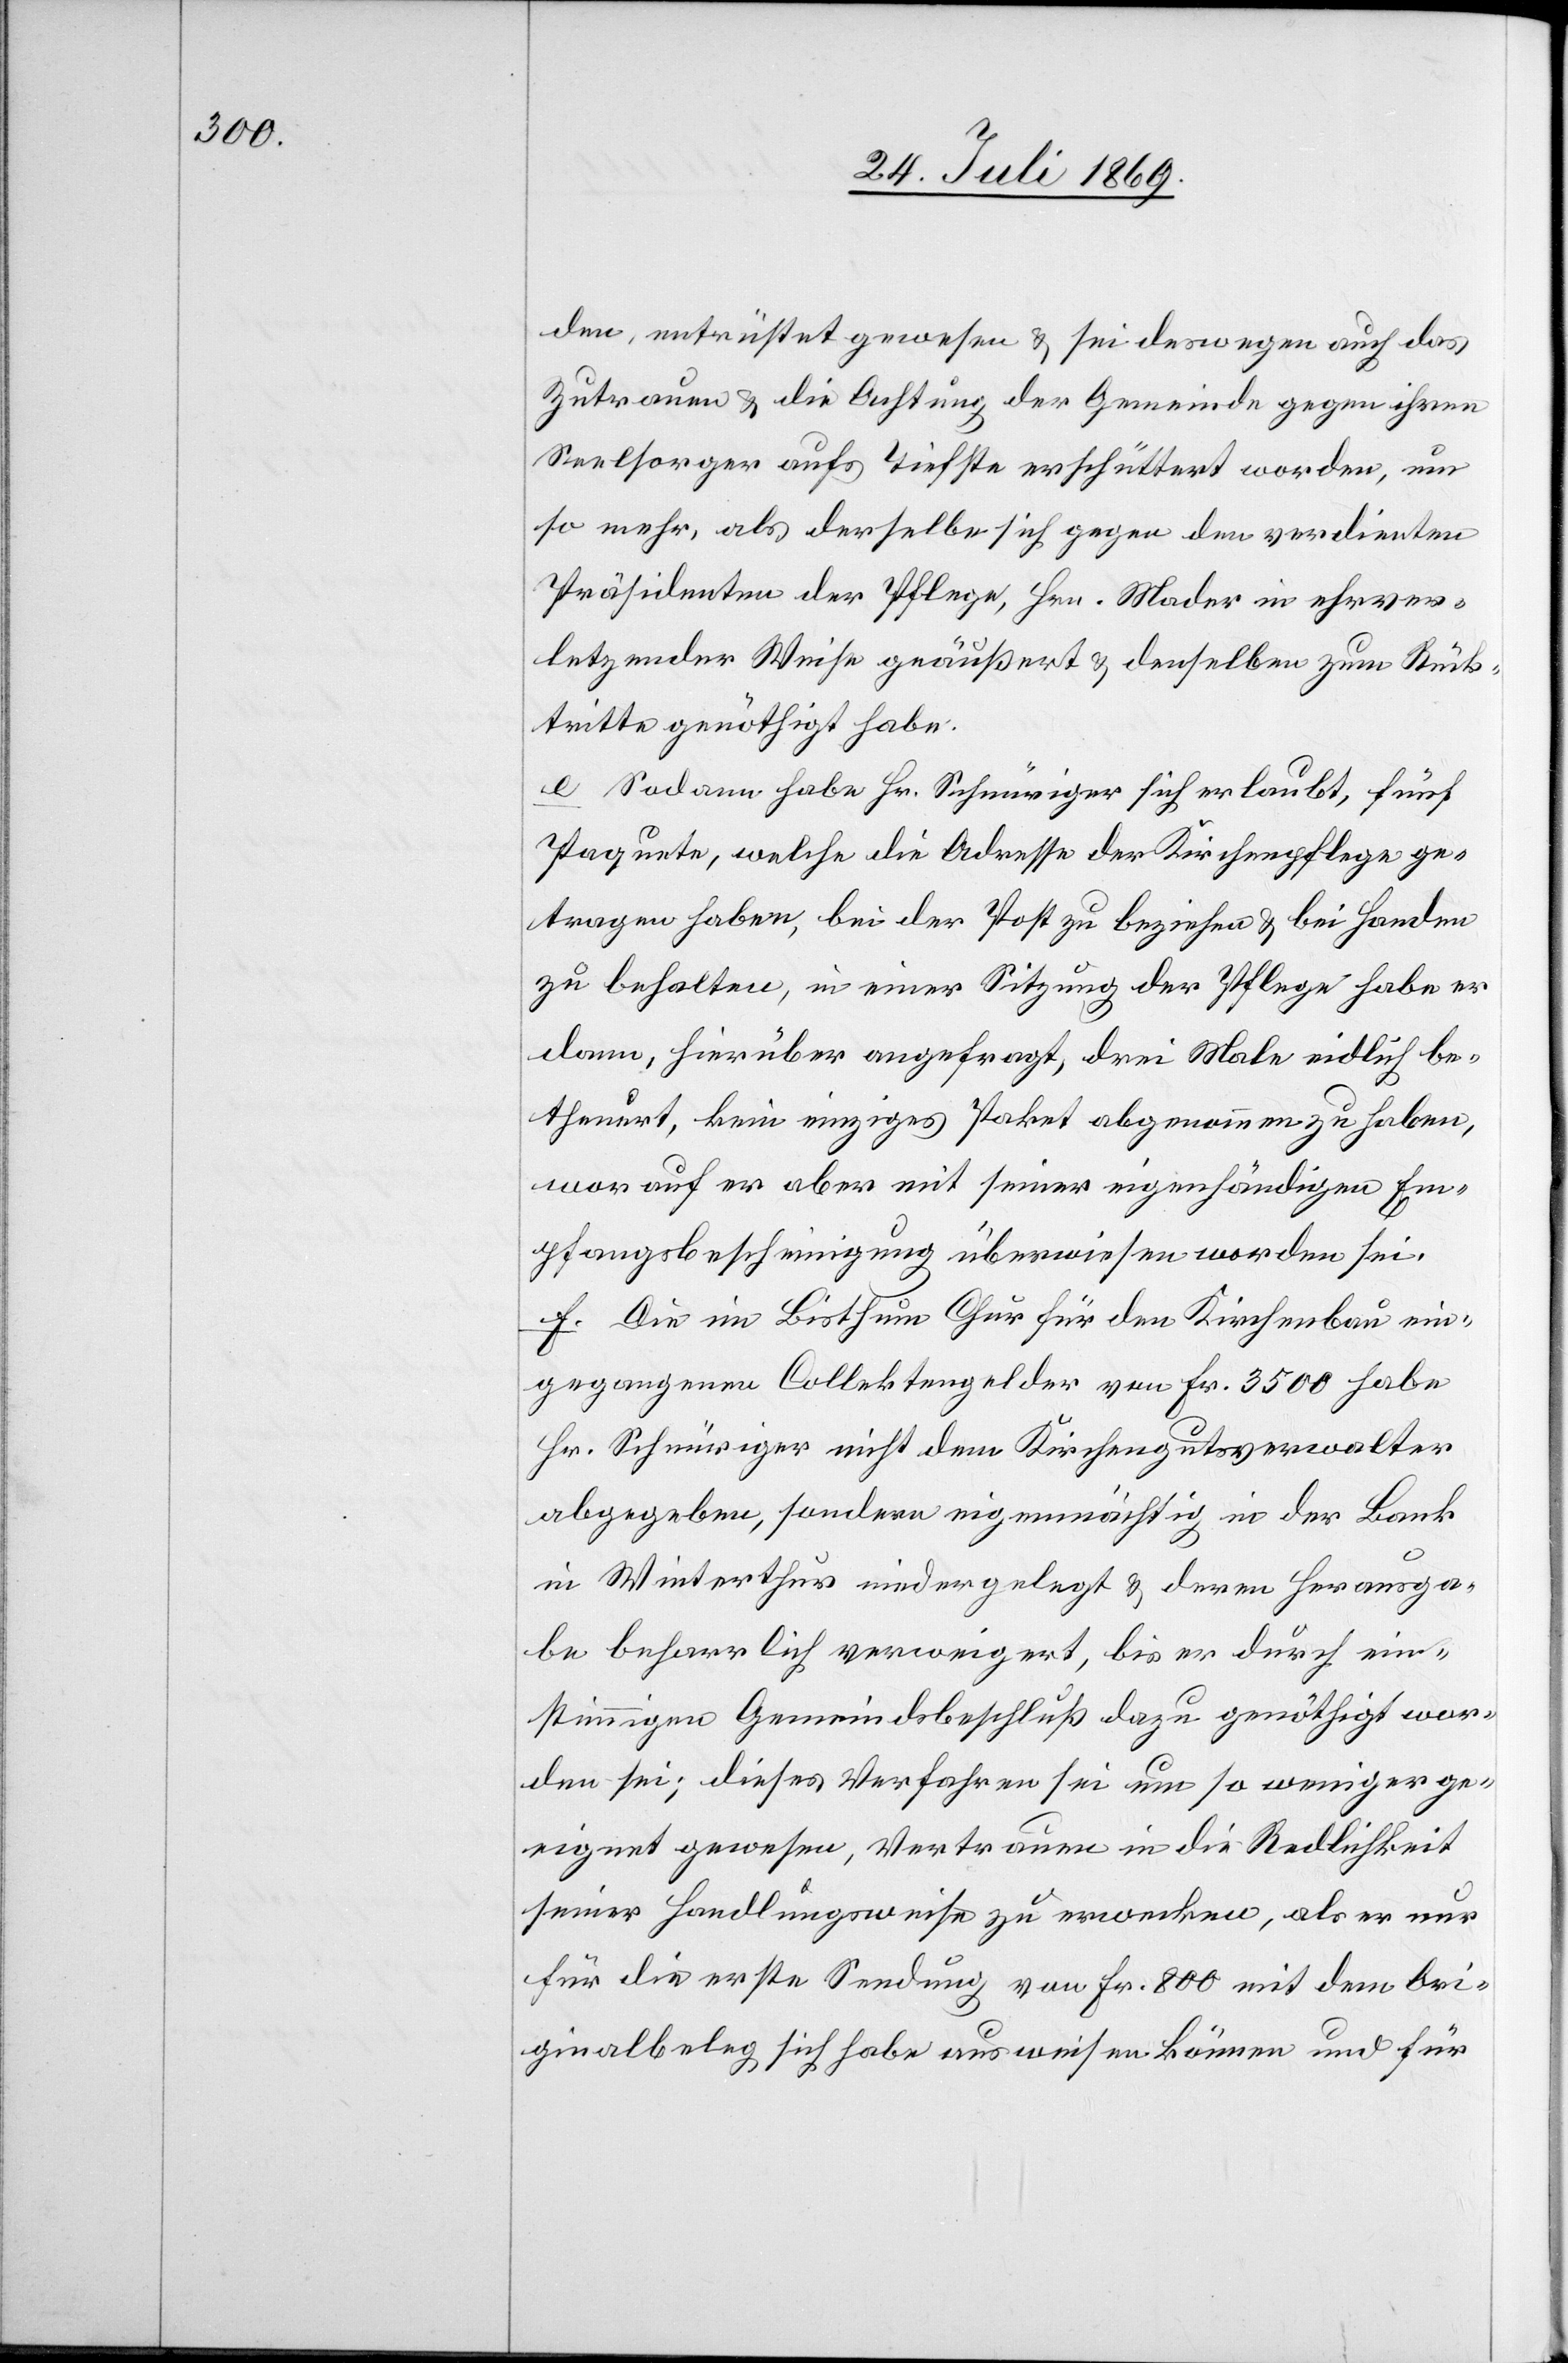
den, entrüstet gewesen u. sei deswegen auch das
Zutrauen u. die Achtung der Gemeinde gegen ihren
Seelsorger aufs Tiefste erschüttert worden, um
so mehr, als derselbe sich gegen den verdienten
Präsidenten der Pflege, Hrn. Moder in ehrver¬
letzender Weise geäußert u. denselben zum Rück¬
tritte genöthigt habe:
e. Sodann habe Hr. Schnüriger sich erlaubt, fünf
Paquete, welche die Adresse der Kirchenpflege ge¬
tragen haben, bei der Post zu beziehen u. bei Handen
zu behalten, in einer Sitzung der Pflege habe er
dann, hieüber angefragt, drei Male eidlich be¬
theuert, kein einziges Paket abgenommen zu haben,
worauf er aber mit seiner eigenhändigen Em¬
pfangsbescheinigung überwiesen worden sei.
f. Die im Bisthum Chur für den Kirchenbau ein¬
gegangenen Collektengelder von Fr. 3500 habe
Hr. Schnüriger nicht dem Kirchengutsverwalter
abgegeben, sondern eigenmächtig in der Bank
in Winterthur niedergelegt u. deren Herausga¬
be beharrlich verweigert, bis er durch ein¬
stimmigen Gemeindsbeschluß dazu genöthigt wor¬
den sei, dieses Verfahren sei um so weniger ge¬
eignet gewesen, Vertrauen in die Redlichkeit
seiner Handlungsweise zu erwecken, als er nur
für die erste Sendung von Fr. 800 mit dem Ori¬
ginalbeleg sich habe ausweisen können und für